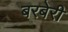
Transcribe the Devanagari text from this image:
बरबेरी